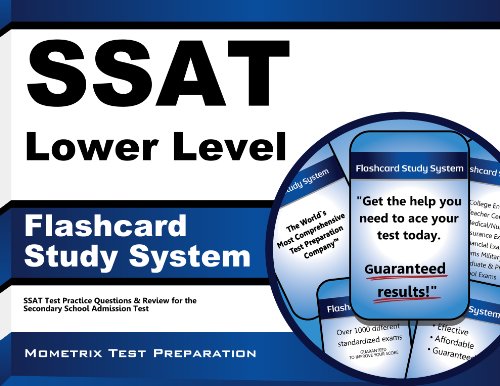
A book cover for SSAT Elementary Level Flashcard Study System: SSAT Test Practice Questions & Review for the Secondary School Admission Test (Cards); SSAT Exam Secrets Test Prep Team; Test Preparation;